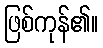
ဖြစ်ကုန်၏။